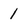
Character: 1